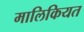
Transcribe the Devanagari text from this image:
मालिकियत